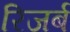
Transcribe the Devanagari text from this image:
रिजर्ब